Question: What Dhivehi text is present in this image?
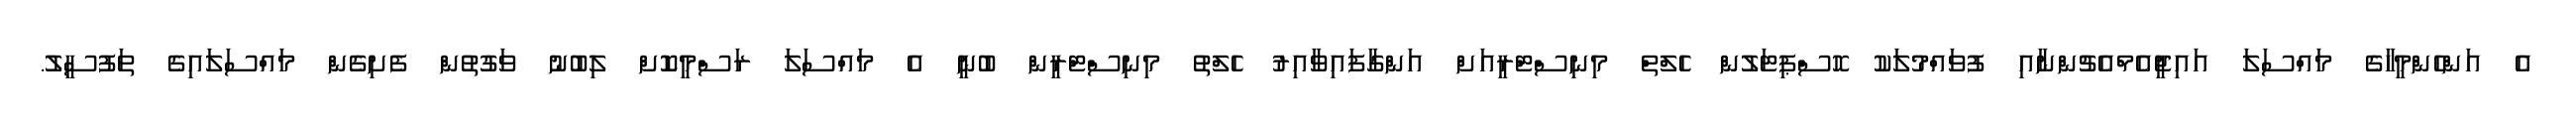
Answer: އެ އަންހެންމީހާގެ މައްސަލަ އައިޖީއެމްއެޗުންނާއި ފުވައްމުލަކު ހޮސްޕިޓަލުން ހެލްތް މިނިސްޓްރީއަށް އަންގާފައިވާއިރު ހެލްތު މިނިސްޓްރީން ބުނީ އެ މައްސަލަ ރަސްމީކޮށް ލިބުނު ވަގުތުން ފެށިގެން މައްސަލައިގެ ތަފުސީލު.